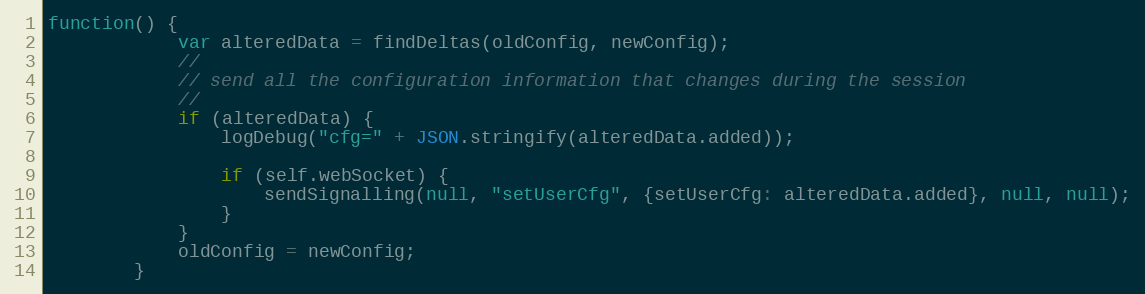
Language: JavaScript
function() {
            var alteredData = findDeltas(oldConfig, newConfig);
            //
            // send all the configuration information that changes during the session
            //
            if (alteredData) {
                logDebug("cfg=" + JSON.stringify(alteredData.added));

                if (self.webSocket) {
                    sendSignalling(null, "setUserCfg", {setUserCfg: alteredData.added}, null, null);
                }
            }
            oldConfig = newConfig;
        }